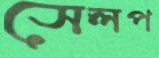
সেলপ